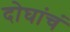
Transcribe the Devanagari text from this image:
दोघांचं